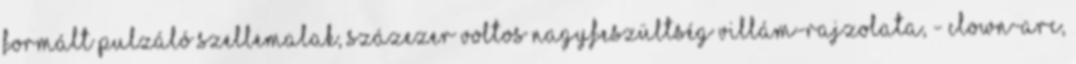
formált pulzáló szellemalak, százezer voltos nagyfeszültség villám-rajzolata, - clown-arc,